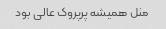
مثل همیشه پرپروک عالی بود